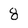
Character: 8